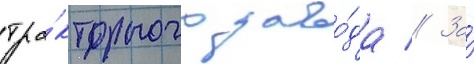
тра́кторного заво́да // За́